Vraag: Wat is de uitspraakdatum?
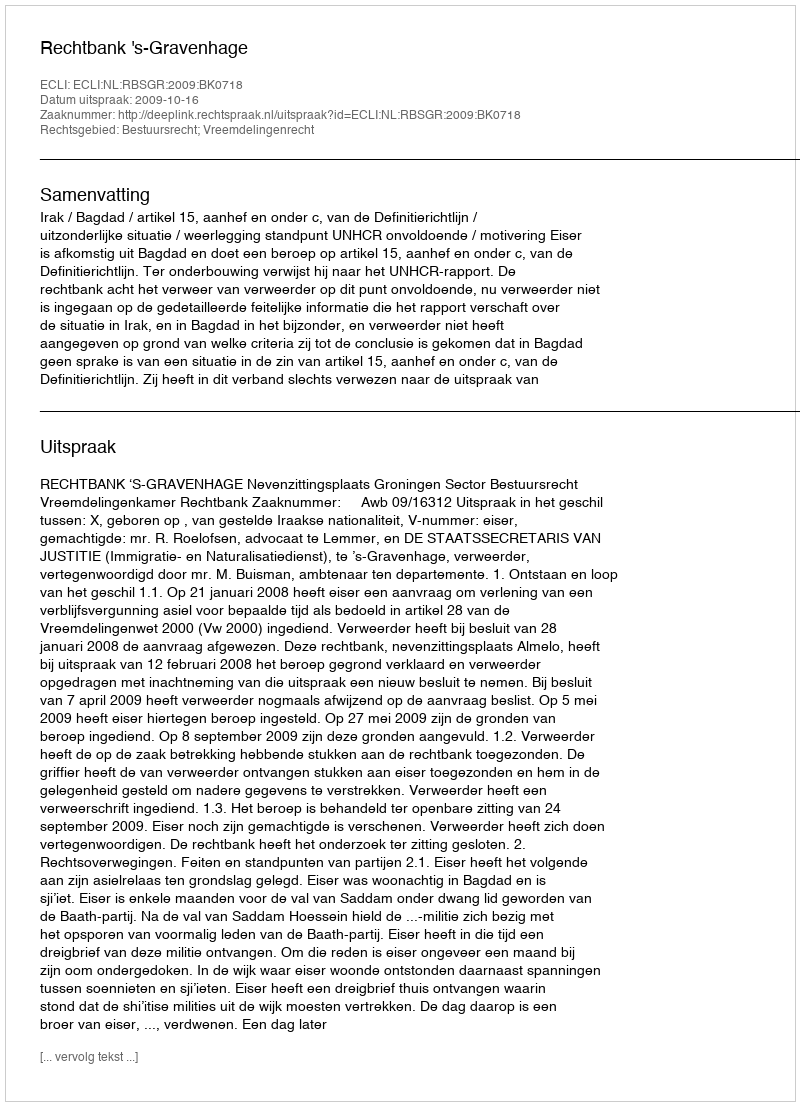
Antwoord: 2009-10-16